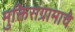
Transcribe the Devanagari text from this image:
मुक्तिसंग्रामाचे